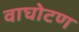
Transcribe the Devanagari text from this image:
वाघोटण